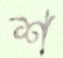
শ